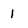
Character: 1